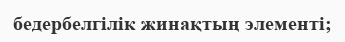
бедербелгілік жинақтың элементі;